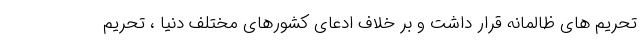
تحریم های ظالمانه قرار داشت و بر خلاف ادعای کشورهای مختلف دنیا ، تحریم